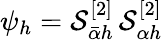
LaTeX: \psi_{h}=\mathcal{S}_{\bar{\alpha}h}^{[2]}\, \mathcal{S}_{\alpha h}^{[2]}